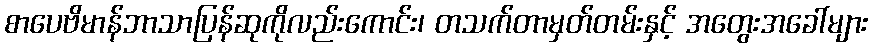
စာပေဗိမာန်ဘာသာပြန်ဆုကိုလည်းကောင်း၊ တသက်တာမှတ်တမ်းနှင့် အတွေးအခေါ်များ